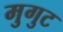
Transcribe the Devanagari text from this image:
मुगुट